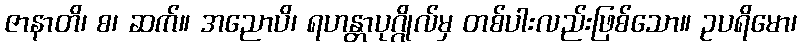
ဇာနာတိ၊ စ၊ ဆက်။ အညောပိ၊ ရဟန္တာပုဂ္ဂိုလ်မှ တစ်ပါးလည်းဖြစ်သော။ ဥပရိမော၊